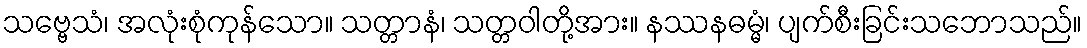
သဗ္ဗေသံ၊ အလုံးစုံကုန်သော။ သတ္တာနံ၊ သတ္တဝါတို့အား။ နဿနဓမ္မံ၊ ပျက်စီးခြင်းသဘောသည်။